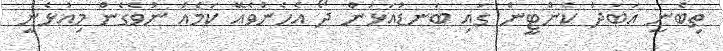
ތިބެނީ އަބަދު ކެންޓީން ގައި ބަނޑުއަޅަން ދޯ އެހެންވެއޭ ކަމެއް ނުވެގެން މިއުޅެނީ